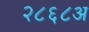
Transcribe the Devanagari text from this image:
२८६८अ